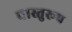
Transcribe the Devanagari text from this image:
वास्तुरूप